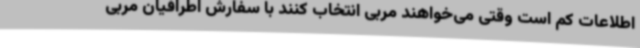
اطلاعات کم است وقتی می‌خواهند مربی انتخاب کنند با سفارش اطرافیان مربی